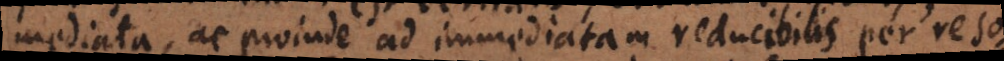
mediata, ac proinde ad immediatam reducibilis per reso